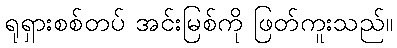
ရုရှားစစ်တပ် အင်းမြစ်ကို ဖြတ်ကူးသည်။